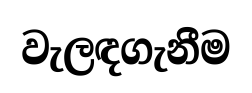
වැලඳගැනීම